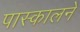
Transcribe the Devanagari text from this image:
पास्कालने